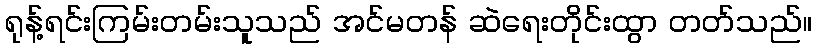
ရုန့်ရင်းကြမ်းတမ်းသူသည် အင်မတန် ဆဲရေးတိုင်းထွာ တတ်သည်။